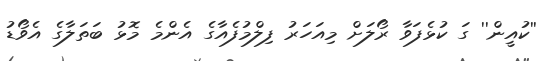
''ކުއީން'' ގަ ކުޅެފަވާ ރޯލަށް މިއަހަރު ފިލްމުފެއާގެ އެންމެ މޮޅު ބަތަލާގެ އެވޯޑު